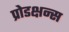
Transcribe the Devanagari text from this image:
प्रोडक्षन्स